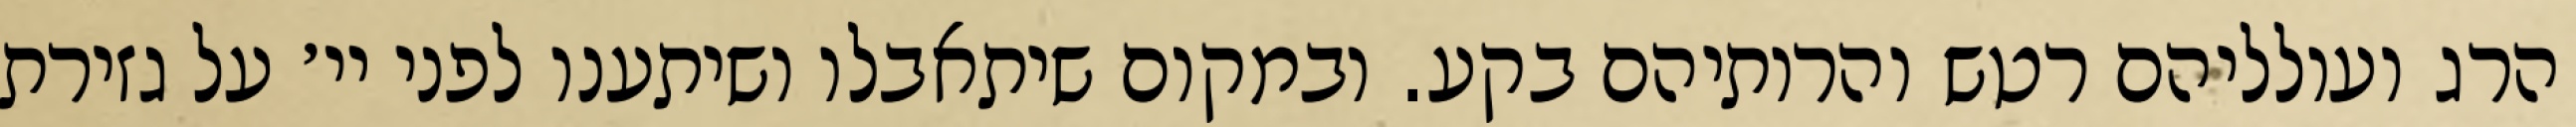
הרג ועולליהם רטש והרותיהם בקע. ובמקום שיתאבלו ושיתענו לפני יי׳ על גזירת